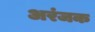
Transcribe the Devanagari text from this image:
अरंजक